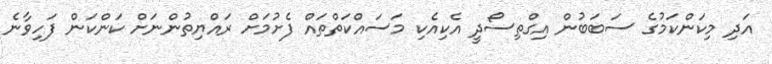
އަދި މިކަންކަމުގެ ސަބަބުން އިގްތިސޯދީ އެކިއެކި މަަސައްކަތްތައް ފެށުމަށް ރައްޔިތުންނަށް ކަންކަން ފަހިވާނެ